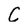
Character: C